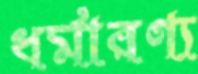
ধর্মারণ্য